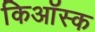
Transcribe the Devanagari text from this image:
किऑस्क